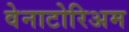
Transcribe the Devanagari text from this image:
वेनाटोरिअम